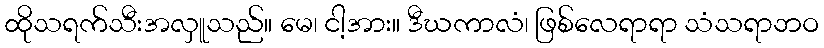
ထိုသရက်သီးအလှူသည်။ မေ၊ ငါ့အား။ ဒီဃကာလံ၊ ဖြစ်လေရာရာ သံသရာဘဝ